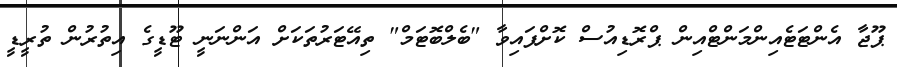
ޕޫޖާ އެންޓަޓެއިންމަންޓްއިން ޕްރޮޑިއުސް ކޮށްފައިވާ "ބެލްބޮޓަމް" ތިއޭޓަރުތަކަށް އަންނަނީ ޓޫޑީގެ އިތުރުން ތުރީޑީ